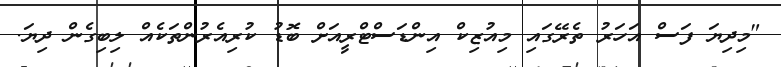
"މިދިޔަ ފަސް އަހަރު ތެރޭގައި މިއުޒިކް އިންޑަސްޓްރީއަށް ބޮޑު ކުރިއެރުންތަކެއް ލިބިގެން ދިޔަ.